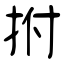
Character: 拊